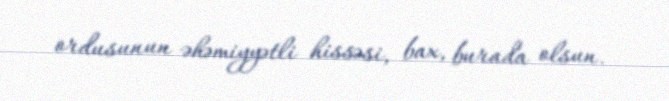
ordusunun əhəmiyyətli hissəsi, bax, burada olsun.